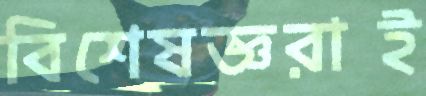
বিশেষজ্ঞরাই